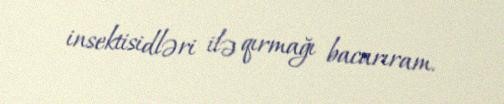
insektisidləri ilə qırmağı bacarıram.